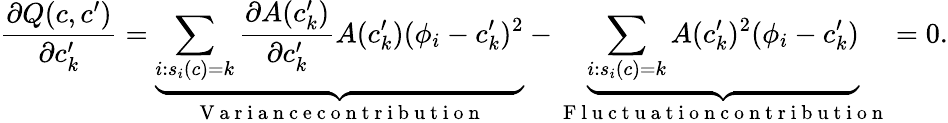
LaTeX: {\frac{\partial Q(c,c^{\prime})}{\partial c_{k}^{\prime}}=\underbrace{\sum_{i:s_{i}(c)=k}\frac{\partial A(c_{k}^{\prime})}{\partial c_{k}^{\prime}}A(c_{k}^{\prime})(\phi_{i}-c_{k}^{\prime})^{2}}_{\mathrm{~V~a~r~i~a~n~c~e~c~o~n~t~r~i~b~u~t~i~o~n~}}-\underbrace{\sum_{i:s_{i}(c)=k}A(c_{k}^{\prime})^{2}(\phi_{i}-c_{k}^{\prime})}_{\mathrm{~F~l~u~c~t~u~a~t~i~o~n~c~o~n~t~r~i~b~u~t~i~o~n~}}=0.}